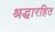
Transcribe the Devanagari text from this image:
श्रद्धारहित